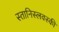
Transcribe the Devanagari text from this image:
स्तानिस्लवस्की